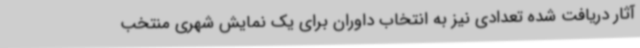
آثار دریافت شده تعدادی نیز به انتخاب داوران برای یک نمایش شهری منتخب